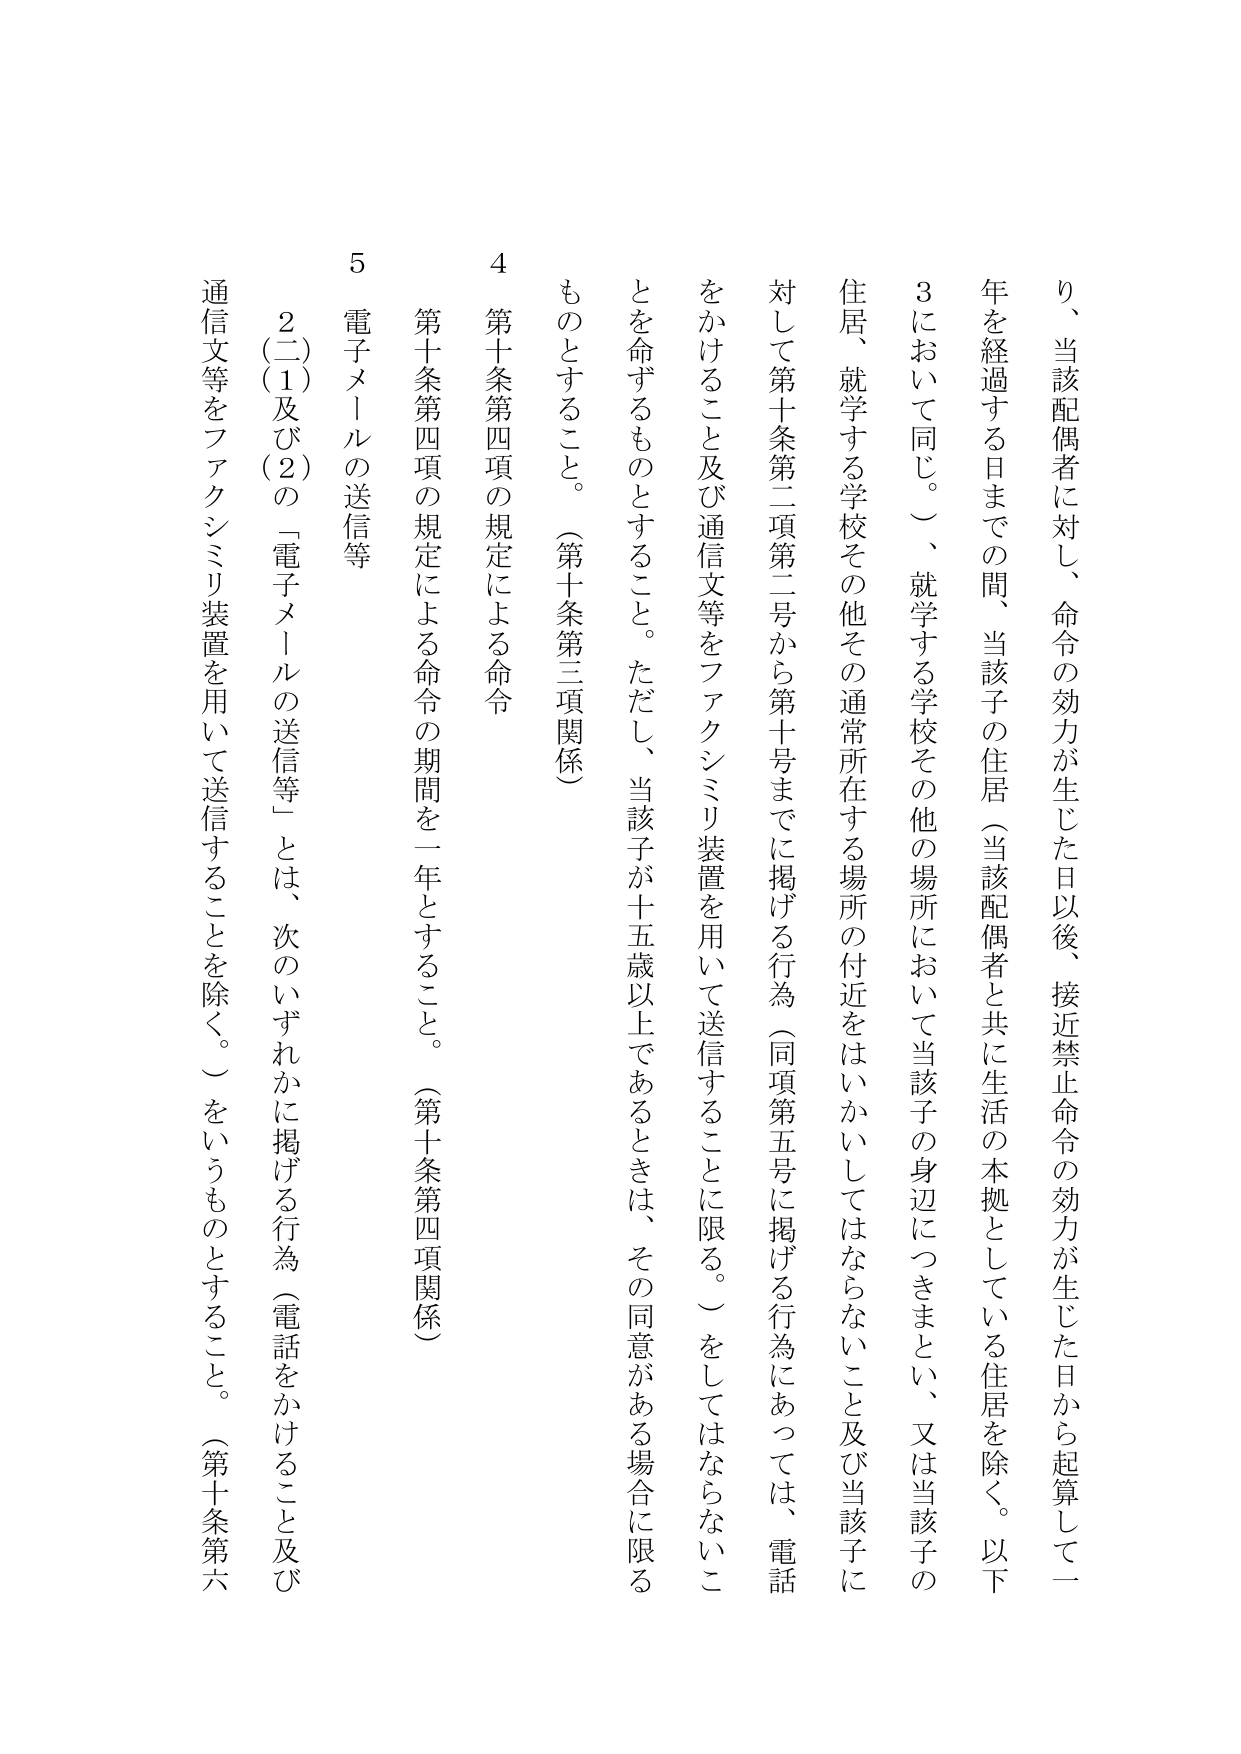
り、当該配偶者に対し、命令の効力が生じた日以後、接近禁止命令の効力が生じた日から起算して一年を経過する日までの間、当該子の住居（当該配偶者と共に生活の本拠としている住居を除く。以下3において同じ。）、就学する学校その他の場所において当該子の身辺につきまとい、又は当該子の住居、就学する学校その他その通常所在する場所の付近をはいかいしてはならないこと及び当該子に対して第十条第二項第二号から第十号までに掲げる行為（同項第五号に掲げる行為にあっては、電話をかけること及び通信文等をファクシミリ装置を用いて送信することに限る。）をしてはならないことを命ずるものとすること。ただし、当該子が十五歳以上であるときは、その同意がある場合に限るものとすること。（第十条第三項関係）

4 第十条第四項の規定による命令
第十条第四項の規定による命令の期間を一年とすること。（第十条第四項関係）

5 電子メールの送信等
2（二）（1）及び（2）の「電子メールの送信等」とは、次のいずれかに掲げる行為（電話をかけること及び通信文等をファクシミリ装置を用いて送信することを除く。）をいうものとすること。（第十条第六